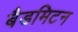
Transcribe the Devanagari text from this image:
बैडमिटन